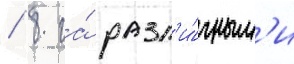
/ 8 га́ разл'и́чным'и